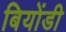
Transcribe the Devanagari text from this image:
बियोंडी